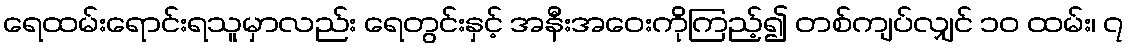
ရေထမ်းရောင်းရသူမှာလည်း ရေတွင်းနှင့် အနီးအဝေးကိုကြည့်၍ တစ်ကျပ်လျှင် ၁၀ ထမ်း၊ ၇